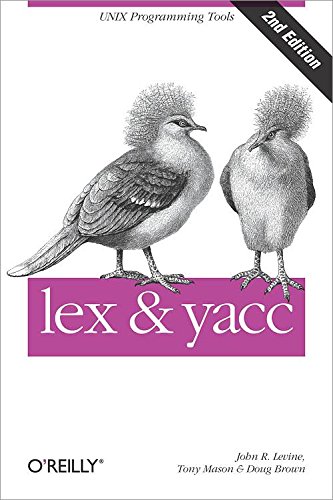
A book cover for lex & yacc; Doug Brown; Computers & Technology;